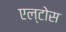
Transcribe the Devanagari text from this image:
एल्टोस